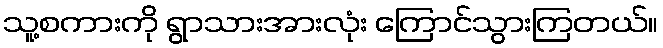
သူ့စကားကို ရွာသားအားလုံး ကြောင်သွားကြတယ်။